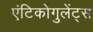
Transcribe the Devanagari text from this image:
एंटिकोगुलेंट्स